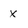
Character: X